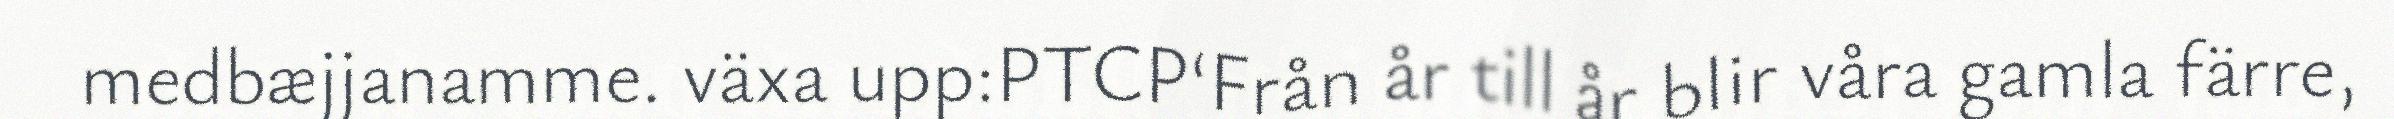
medbæjjanamme. växa upp:PTCP‘Från år till år blir våra gamla färre,